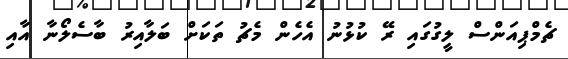
ޗެމްޕިއަންސް ލީގުގައި ރޭ ކުޅުނު އެހެން މެޗު ތަކަށް ބަލާއިރު ބާސެލޯނާ އާއި